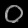
Digit: ၀